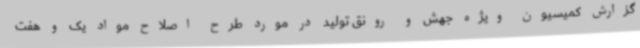
گزارش کمیسیون ویژه جهش و رونق تولید در مورد طرح اصلاح مواد یک و هفت